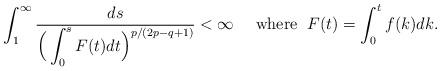
LaTeX: \begin{align*}\int_{1}^\infty\frac{ds}{\Big(\displaystyle \int_0^s F(t)dt \Big)^{p/(2p - q+1)}} <\infty \quad\mbox{ where }\; F(t)=\int_0^t f(k)dk.\end{align*}